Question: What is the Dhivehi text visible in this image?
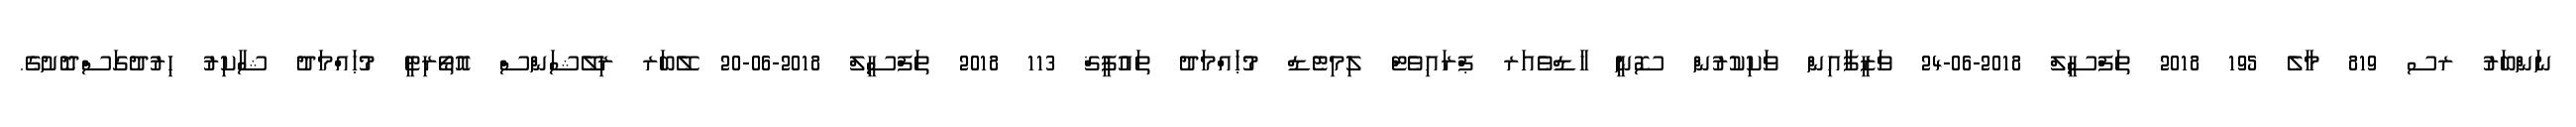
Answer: ނަންބަރު ރސ 819 މާލެ 195 2018 ތަފްސީލް 2018-06-24 ވަޒީފާއިން ވަކިކުރުން ސޮނީ ހާޑްވެއަރ ޕްރައިވެޓް ލިމިޓެޑް މުޙައްމަދު ތައުފީޤް 113 2018 ތަފްސީލް 2018-06-20 ލޭބަރ ރިލޭޝަންސް އޮތޯރިޓީ މުޙައްމަދު ޝާކިރު ހިރުދުގަސްދޮށުގެ.